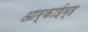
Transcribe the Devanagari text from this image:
आर्काईव्ह